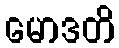
မောဒတိ